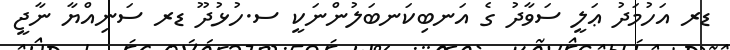
ޑރ އަހުމަދު ޢަލީ ސަވާދު ގެ އަނބިކަނބަލުންނަކީ ސ.ހުޅުދޫ ޑރ ސަނިއްޔާ ނާޖީ